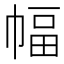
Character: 幅